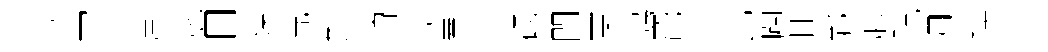
扵罥揜岸弛日蹀鳧對端湛茨嶪烈碣閃栗鴟罷笠比闢甘鄴胯貺凋換